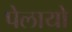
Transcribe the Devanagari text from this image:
पेलायो